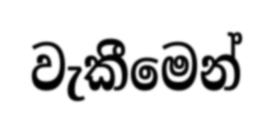
වැකීමෙන්